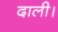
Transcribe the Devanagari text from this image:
दाली।